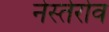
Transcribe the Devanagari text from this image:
नेस्तेरोव